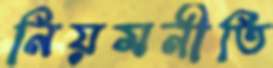
নিয়মনীতি